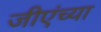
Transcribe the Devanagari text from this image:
जीएंच्या